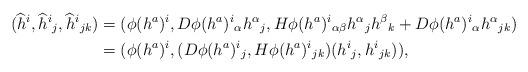
LaTeX: \begin{align*}(\widehat{h}^i,\widehat{h}^i{}_j,\widehat{h}^i{}_{jk})&=(\phi(h^a)^i,D\phi(h^a)^i{}_\alpha h^\alpha{}_j,H\phi(h^a)^i{}_{\alpha\beta}h^\alpha{}_jh^\beta{}_k+D\phi(h^a)^i{}_\alpha h^\alpha{}_{jk})\\*&=(\phi(h^a)^i,(D\phi(h^a)^i{}_j,H\phi(h^a)^i{}_{jk})(h^i{}_j,h^i{}_{jk})),\end{align*}